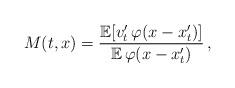
LaTeX: \begin{align*}M(t,x) = \frac{\mathbb{E} [v_t' \, \varphi(x-x_t')] }{\mathbb{E} \, \varphi(x-x_t')}\,,\end{align*}